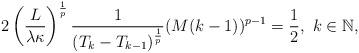
LaTeX: \begin{align*}2\left(\frac{L}{\lambda\kappa}\right)^\frac{1}{p}\frac{1}{(T_k-T_{k-1})^\frac{1}{p}}(M(k-1))^{p-1}=\frac{1}{2},\ k\in\mathbb{N},\end{align*}